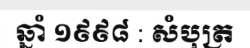
ឆ្នាំ ១៩៩៨ : សំបុត្រ